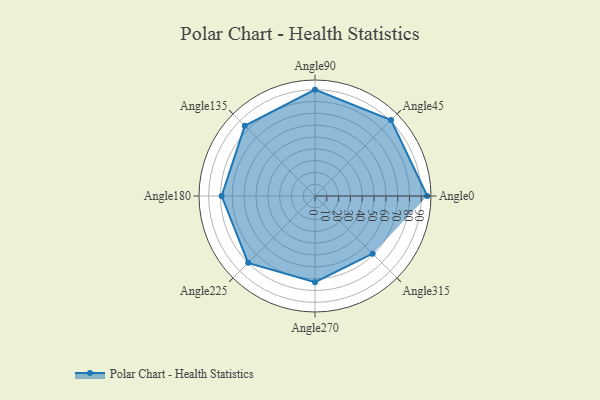
{"axis": {"x": "Angle", "y": "Radius"}, "legend": [""], "data": [{"x": "Angle0", "y": 95.0, "type": ""}, {"x": "Angle45", "y": 91.0, "type": ""}, {"x": "Angle90", "y": 90.0, "type": ""}, {"x": "Angle135", "y": 84.0, "type": ""}, {"x": "Angle180", "y": 79.0, "type": ""}, {"x": "Angle225", "y": 80.0, "type": ""}, {"x": "Angle270", "y": 73.0, "type": ""}, {"x": "Angle315", "y": 69.0, "type": ""}]}